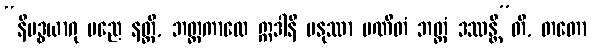
“နိဗဒ္ဓယာဂု မညေ နတ္ထိ, ဘတ္တကာလေ ဣဒါနိ မနုဿာ ပဏီတံ ဘတ္တံ ဒဿန္တီ”တိ, တတော